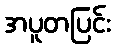
အပူတပြင်း